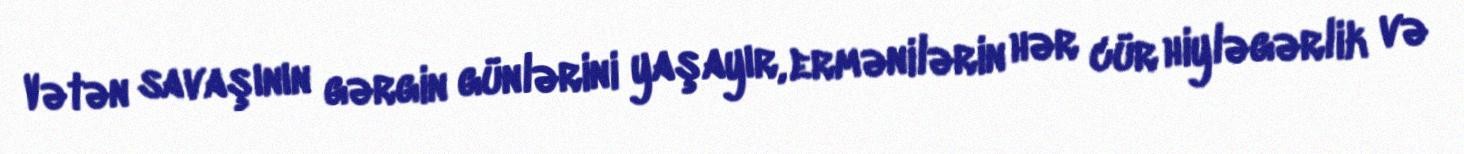
Vətən savaşının gərgin günlərini yaşayır, ermənilərin hər cür hiyləgərlik və